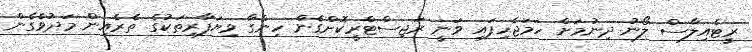
ރީޓެއިލާސް ލޯނު ދިނުމަށް ހަމަޖެހިފައި ވަނީ ރަޖިސްޓްރީކޮށްގެން ހިންގާ ވިޔަފާރިތަކުގެ ތެރެއިން މަދުވެގެން